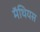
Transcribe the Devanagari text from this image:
मॅथियस